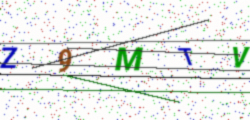
Text: Z9MTV